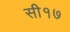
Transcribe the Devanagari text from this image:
सी१७